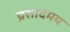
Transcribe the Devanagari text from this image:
प्रसादमय